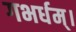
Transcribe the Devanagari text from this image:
गभर्धम्।